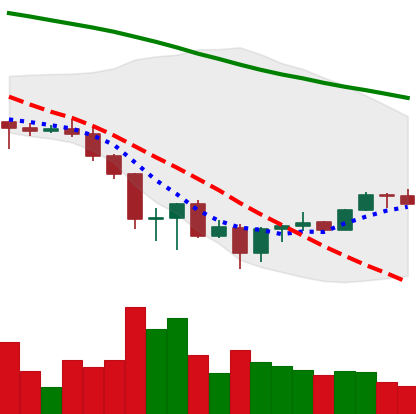
Ticker: BNB-USD
Chart end date: 2022-06-26
Forward return: -7.63%
Label: down_7plus